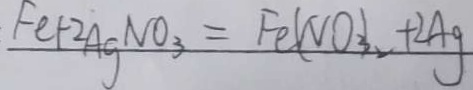
F e + 2 A g N O _ { 3 } = F _ { 8 } ( N O _ { 3 } ) + 2 A g